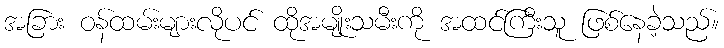
အခြား ဝန်ထမ်းများလိုပင် ထိုအမျိုးသမီးကို အထင်ကြီးသူ ဖြစ်နေခဲ့သည်။